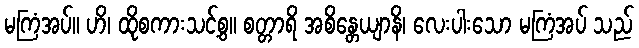
မကြံအပ်။ ဟိ၊ ထိုစကားသင့်စွ။ စတ္တာရိ အစိန္တေယျာနိ၊ လေးပါးသော မကြံအပ် သည်